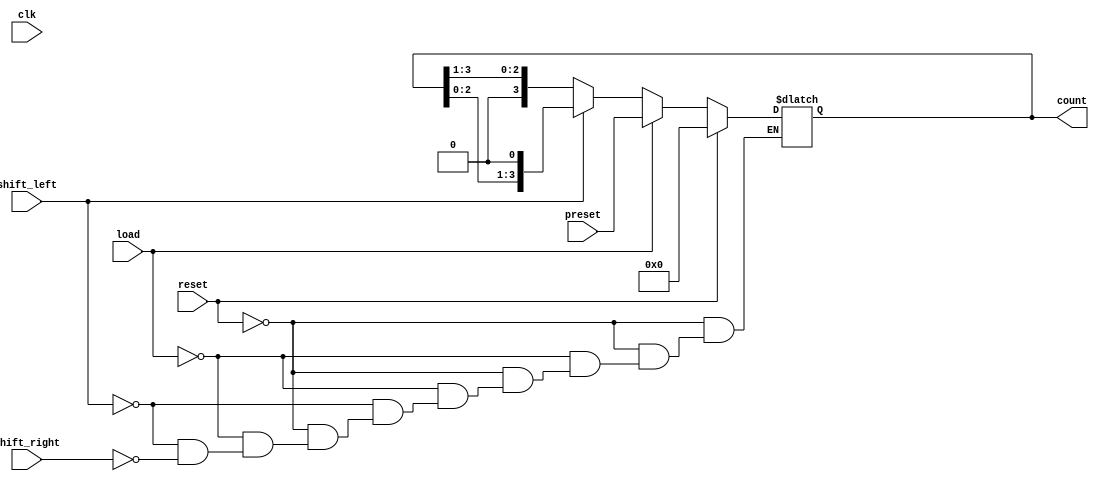
module async_shift_counter (
    input wire clk,           // Clock input
    input wire reset,         // Asynchronous reset
    input wire load,          // Load control signal
    input wire shift_left,    // Shift left control signal
    input wire shift_right,   // Shift right control signal
    input wire [3:0] preset,  // Preset value for loading
    output reg [3:0] count    // 4-bit output for the counter
);

    // Asynchronous reset
    always @(*) begin
        if (reset) begin
            count = 4'b0000; // Reset the counter to 0
        end else if (load) begin
            count = preset; // Load the preset value
        end else if (shift_left) begin
            count = {count[2:0], 1'b0}; // Shift left and introduce 0 at LSB
        end else if (shift_right) begin
            count = {1'b0, count[3:1]}; // Shift right and introduce 0 at MSB
        end
    end

    // Sequential logic to update the count on clock edge
    always @(posedge clk) begin
        // The count is updated based on the previous always block
        // This ensures that the count is updated synchronously with the clock
    end

endmodule